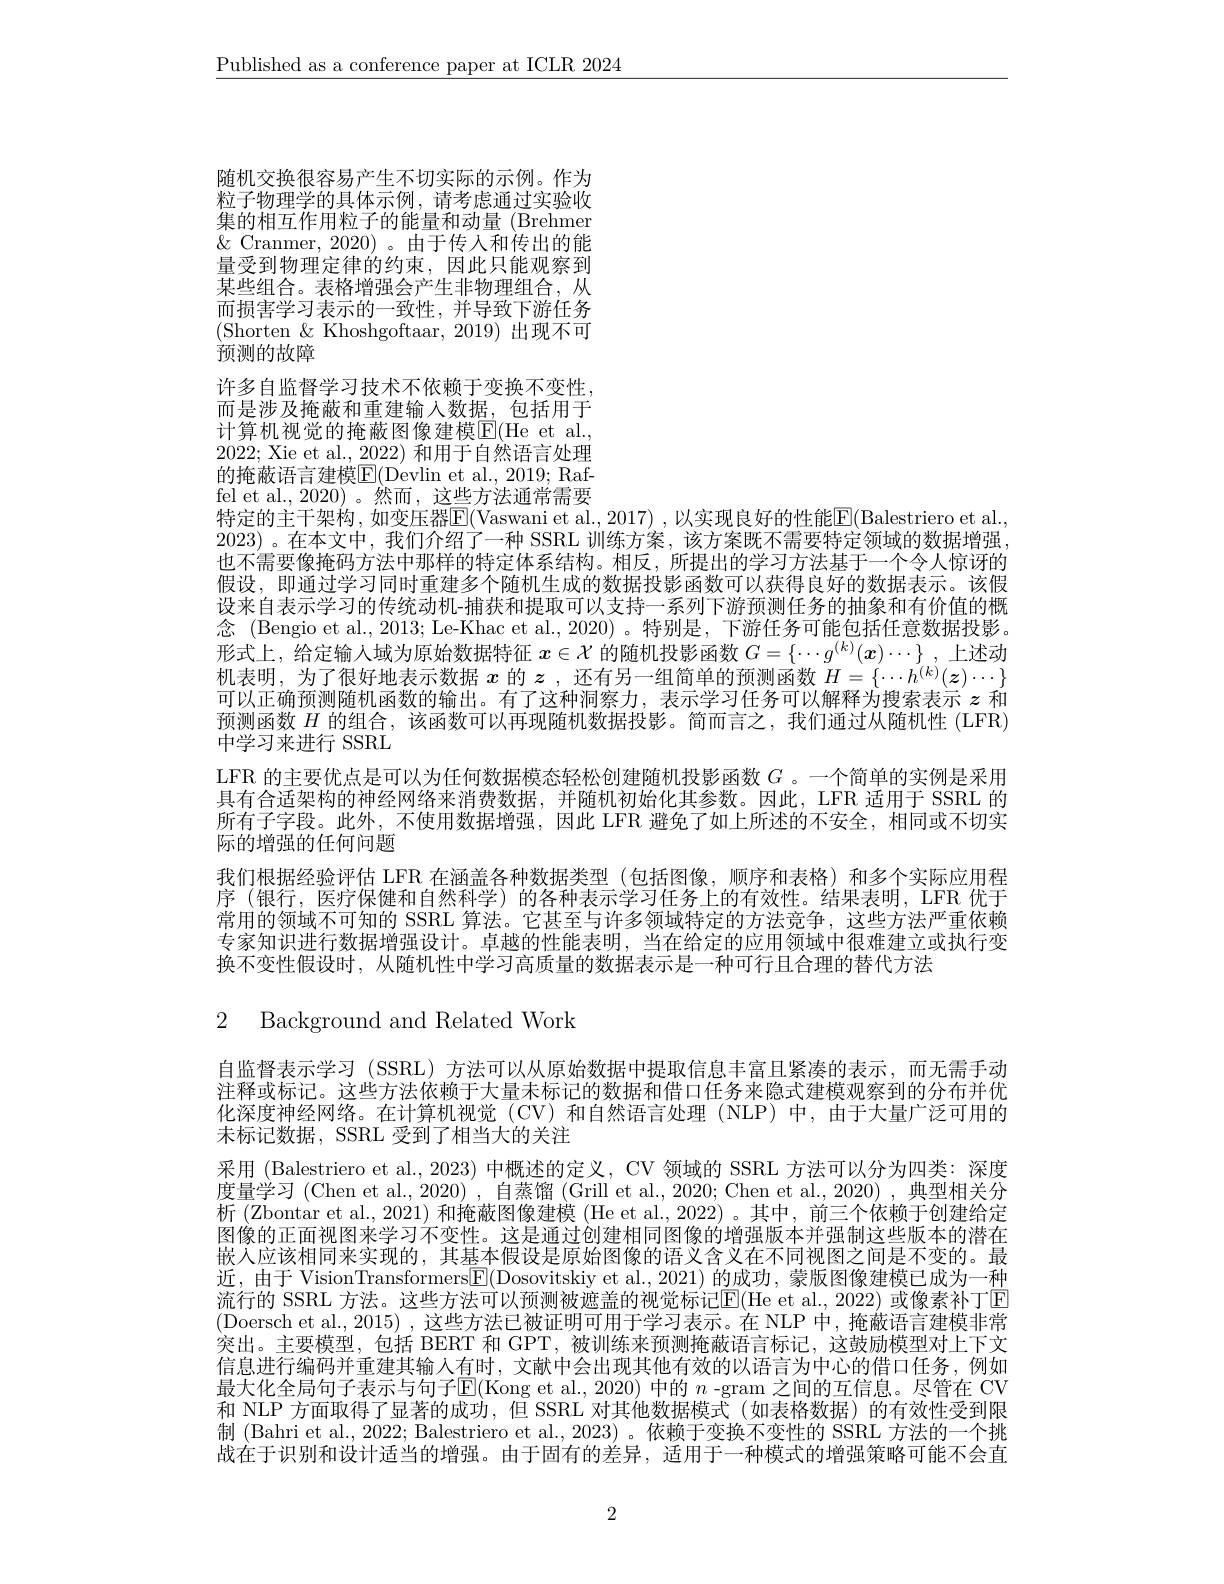
$\underline{\text{Published as a conference paper at ICLR 2024}}$

随机交换很容易产生不切实际的示例。作为

粒子物理学的具体示例，请考虑通过实验收

集的相互作用粒子的能量和动量 (Brehmer

$\&$ Cranmer, 2020)。由于传入和传出的能

量受到物理定律的约束，因此只能观察到

某些组合。表格增强会产生非物理组合，从

而损害学习表示的一致性，并导致下游任务

(Shorten &Khoshgoftaar, 2019)出现不可

预测的故障

许多自监督学习技术不依赖于变换不变性，

而是涉及掩蔽和重建输入数据，包括用于

计算机视觉的掩蔽图像建模E$( He et al. $,

2022; Xie et al., 2022)和用于自然语言处理

的掩蔽语言建模E(Devlin et al., 2019; Raf-

fel et al., 2020)。然而，这些方法通常需要
特定的主干架构，如变压器E(Vaswani et al., 2017) , 以实现良好的性能E(Balestriero et al. 2023)。在本文中，我们介绍了一种 SSRL 训练方案，该方案既不需要特定领域的数据增强也不需要像掩码方法中那样的特定体系结构。相反，所提出的学习方法基于一个令人惊讶的假设，即通过学习同时重建多个随机生成的数据投影函数可以获得良好的数据表示。该假设来自表示学习的传统动机-捕获和提取可以支持一系列下游预测任务的抽象和有价值的概念 (Bengio et al., 2013; Le-Khac et al., 2020) 。特别是，下游任务可能包括任意数据投影。形式上，给定输入域为原始数据特征$x\in\mathcal{X}$的随机投影函数$G=\{\cdots g^{(k)}(\boldsymbol{x})\cdots\}$,上述动机表明，为了很好地表示数据$x$的$z$ ,还有另一组简单的预测函数$H=\{\cdots h^{(k)}(\boldsymbol{z})\cdots\}$ 可以正确预测随机函数的输出。有了这种洞察力，表示学习任务可以解释为搜索表示$z$和预测函数$H$的组合，该函数可以再现随机数据投影。简而言之，我们通过从随机性 (LFR) 中学习来进行 SSRL
LFR 的主要优点是可以为任何数据模态轻松创建随机投影函数$G$ 。一个简单的实例是采用具有合适架构的神经网络来消费数据，并随机初始化其参数。因此，LFR 适用于 SSRL 的所有子字段。此外，不使用数据增强，因此 LFR 避免了如上所述的不安全，相同或不切实际的增强的任何问题
我们根据经验评估 LFR 在涵盖各种数据类型 (包括图像，顺序和表格)和多个实际应用程序 (银行，医疗保健和自然科学)的各种表示学习任务上的有效性。结果表明，LFR 优于常用的领域不可知的 SSRL 算法。它甚至与许多领域特定的方法竞争，这些方法严重依赖专家知识进行数据增强设计。卓越的性能表明，当在给定的应用领域中很难建立或执行变换不变性假设时，从随机性中学习高质量的数据表示是一种可行且合理的替代方法

2 Background and Related Work

自监督表示学习 (SSRL) 方法可以从原始数据中提取信息丰富且紧凑的表示，而无需手动注释或标记。这些方法依赖于大量未标记的数据和借口任务来隐式建模观察到的分布并优化深度神经网络。在计算机视觉(CV)和自然语言处理(NLP)中，由于大量广泛可用的未标记数据，SSRL 受到了相当大的关注
采用 (Balestriero et al., 2023) 中概述的定义，CV 领域的 SSRL 方法可以分为四类：深度度量学习 (Chen et al., 2020) , 自蒸馏 (Grill et al., 2020; Chen et al., 2020) ,典型相关分析 (Zbontar et al., 2021) 和掩蔽图像建模 (He et al., 2022) 。其中，前三个依赖于创建给定图像的正面视图来学习不变性。这是通过创建相同图像的增强版本并强制这些版本的潜在嵌人应该相同来实现的，其基本假设是原始图像的语义含义在不同视图之间是不变的。最近，由于 VisionTransformers$\overline{\mathbb{E}}($Dosovitskiy et al.,2021) 的成功，蒙版图像建模已成为一种流行的 SSRL 方法。这些方法可以预测被遮盖的视觉标记E(He et al., 2022) 或像素补丁E (Doersch et al.,2015),这些方法已被证明可用于学习表示。在 NLP 中，掩蔽语言建模非常突出。主要模型，包括 BERT 和 GPT,被训练来预测掩蔽语言标记，这鼓励模型对上下文信息进行编码并重建其输入有时，文献中会出现其他有效的以语言为中心的借口任务，例如最大化全局句子表示与句子$\overline{\mathrm{E}}($Kong et al., 2020) 中的 $n$ -gram 之间的互信息。尽管在 CV 和 NLP 方面取得了显著的成功，但 SSRL 对其他数据模式(如表格数据)的有效性受到限制 (Bahri et al., 2022; Balestriero et al., 2023) 。依赖于变换不变性的 SSRL 方法的一个挑战在于识别和设计适当的增强。由于固有的差异，适用于一种模式的增强策略可能不会直

2